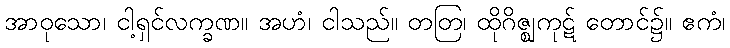
အာဝုသော၊ ငါ့ရှင်လက္ခဏ။ အဟံ၊ ငါသည်။ တတြ၊ ထိုဂိဇ္ဈကုဋ် တောင်၌။ ဧကံ၊